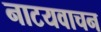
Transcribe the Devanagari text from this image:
नाटयवाचन